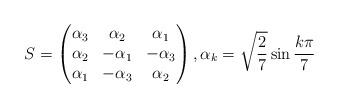
LaTeX: \begin{align*} S = \begin{pmatrix} \alpha_3 & \alpha_2 & \alpha_1 \\ \alpha_2 & -\alpha_1 & -\alpha_3 \\ \alpha_1 & -\alpha_3 & \alpha_2 \end{pmatrix}, \alpha_k = \sqrt{\frac{2}{7}} \sin \frac{k \pi}{7}\end{align*}